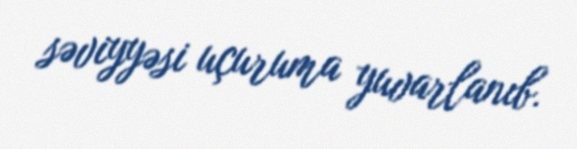
səviyyəsi uçuruma yuvarlanıb.